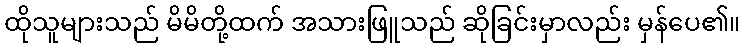
ထိုသူများသည် မိမိတို့ထက် အသားဖြူသည် ဆိုခြင်းမှာလည်း မှန်ပေ၏။